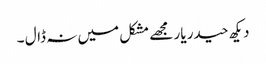
دیکھ حیدر یار مجھے مشکل میں نہ ڈال ۔